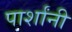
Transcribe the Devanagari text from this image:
पार्शांनी